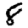
Digit: 8